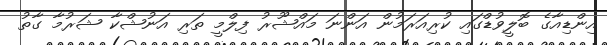
އިންޑިއާގެ ބޮލީވުޑްގައި ކުރިއަރަމުން އަންނަ މައްޝޫރު ފިލްމީ ތަރި އަނުޝްކާ ޝަރުމާ ގާތު